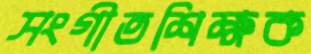
সংগীতশিক্ষক